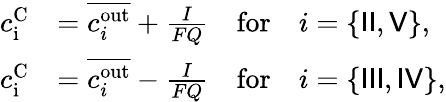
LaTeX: \begin{array}{rl}{c_{\textrm{i}}^{\textrm{C}}}&{=\overline{{c_{i}^{\textrm{out}}}}+\frac{I}{FQ}\quad\textrm{for}\quad i=\{ {\sf II},{\sf V}\} ,}\\ {c_{\textrm{i}}^{\textrm{C}}}&{=\overline{{c_{i}^{\textrm{out}}}}-\frac{I}{FQ}\quad\textrm{for}\quad i=\{ {\sf III},{\sf IV}\} ,}\end{array}